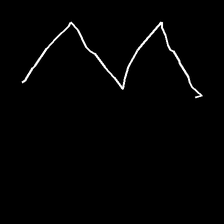
Glyph: crush